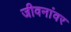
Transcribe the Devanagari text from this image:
जीवनांवर